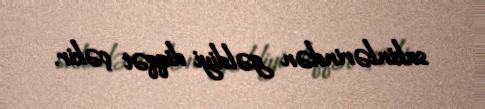
sakinlərindən gəldiyi diqqət çəkir.